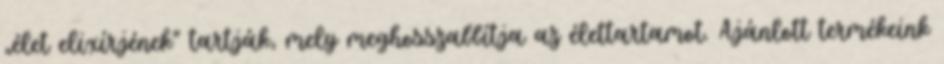
„élet elixírjének” tartják, mely meghosszabbítja az élettartamot. Ajánlott termékeink